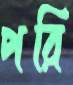
পরি